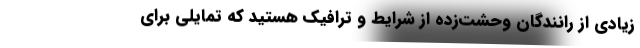
زیادی از رانندگان وحشت‌زده از شرایط و ترافیک هستید که تمایلی برای